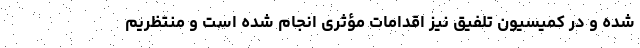
‌شده و در کمیسیون تلفیق نیز اقدامات مؤثری انجام‌ شده است و منتظریم